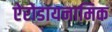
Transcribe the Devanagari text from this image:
ऐरोडायनामिक